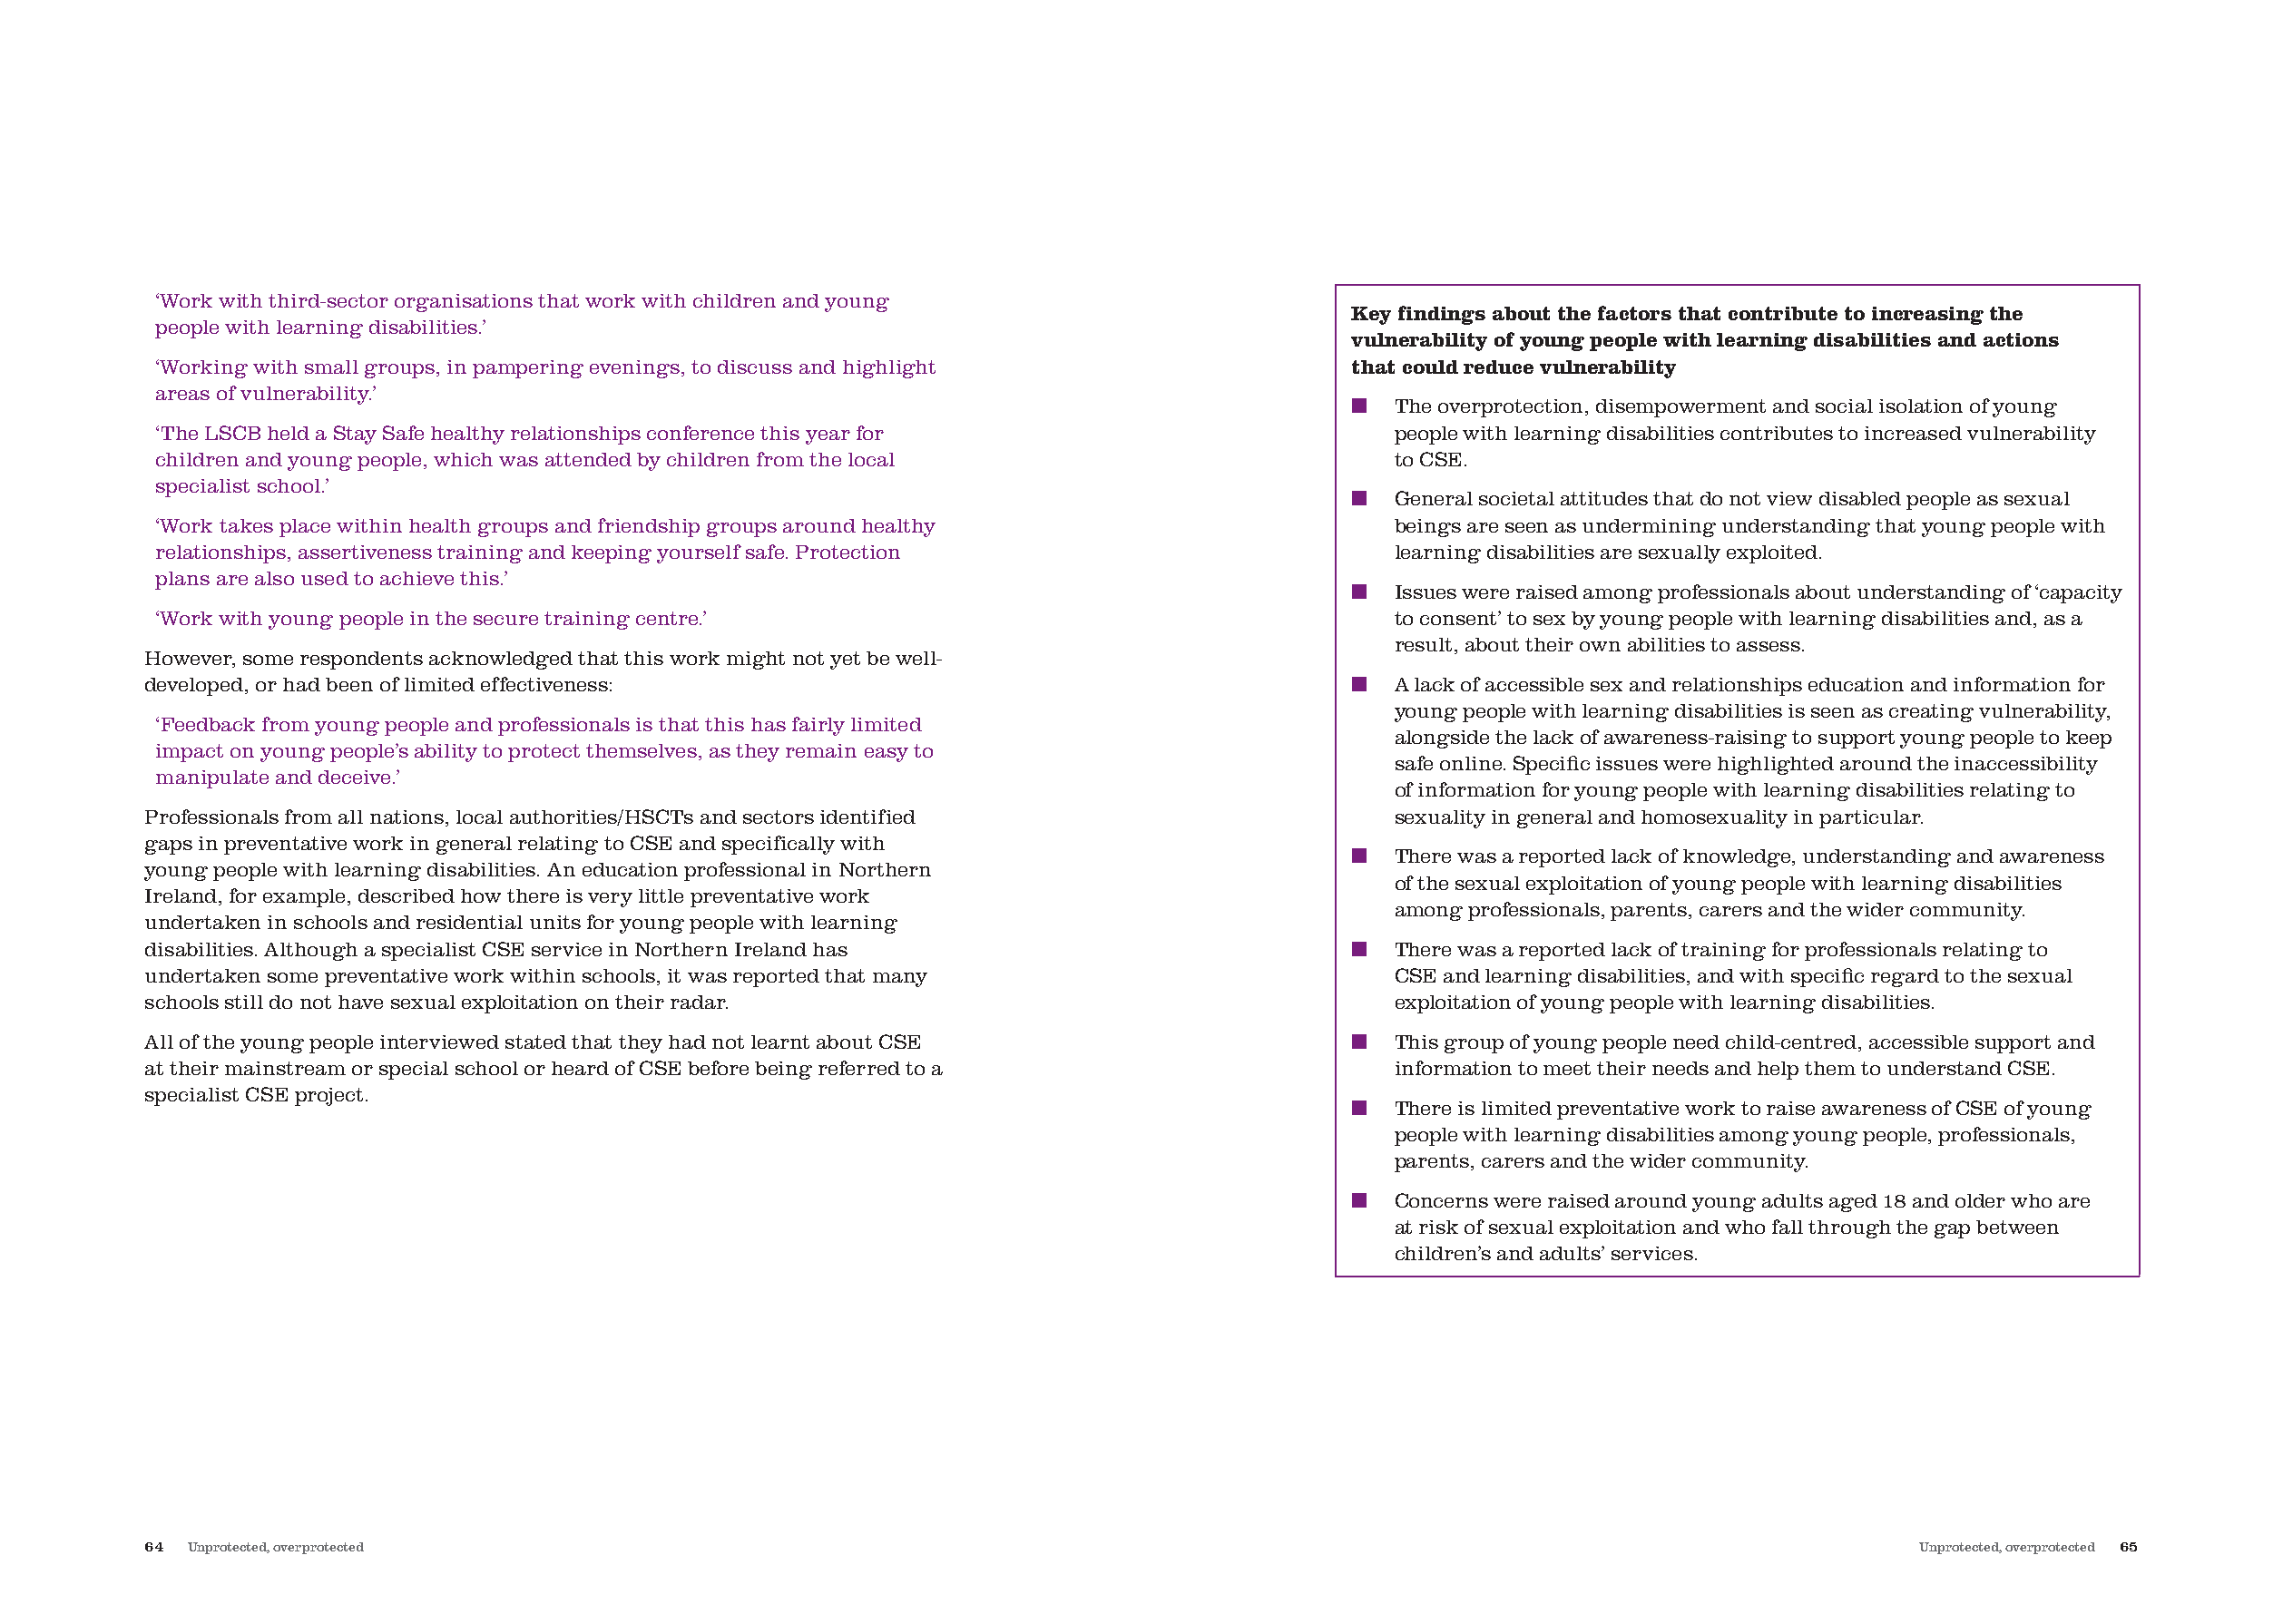
‘Work with third-sector organisations that work with children and young
 Key findings about the factors that contribute to increasing the
 people with learning disabilities.’
 vulnerability of young people with learning disabilities and actions
 ‘Working with small groups, in pampering evenings, to discuss and highlight             that could reduce vulnerability
 areas of vulnerability.’
 ■  The overprotection, disempowerment and social isolation of young
 ‘The LSCB held a Stay Safe healthy relationships conference this year for                  people with learning disabilities contributes to increased vulnerability
 children and young people, which was attended by children from the local                   to CSE.
 specialist school.’
 ■  General societal attitudes that do not view disabled people as sexual
 ‘Work takes place within health groups and friendship groups around healthy                beings are seen as undermining understanding that young people with
 relationships, assertiveness training and keeping yourself safe. Protection                learning disabilities are sexually exploited.
 plans are also used to achieve this.’
 ■  Issues were raised among professionals about understanding of ‘capacity
 ‘Work with young people in the secure training centre.’                                    to consent’ to sex by young people with learning disabilities and, as a
 result, about their own abilities to assess.
 However, some respondents acknowledged that this work might not yet be well-
 developed, or had been of limited effectiveness:                                        ■  A lack of accessible sex and relationships education and information for
 young people with learning disabilities is seen as creating vulnerability,
 ‘Feedback from young people and professionals is that this has fairly limited
 alongside the lack of awareness-raising to support young people to keep
 impact on young people’s ability to protect themselves, as they remain easy to
 safe online. Specific issues were highlighted around the inaccessibility
 manipulate and deceive.’
 of information for young people with learning disabilities relating to
 Professionals from all nations, local authorities/HSCTs and sectors identified             sexuality in general and homosexuality in particular.
 gaps in preventative work in general relating to CSE and specifically with
 ■  There was a reported lack of knowledge, understanding and awareness
 young people with learning disabilities. An education professional in Northern
 of the sexual exploitation of young people with learning disabilities
 Ireland, for example, described how there is very little preventative work
 among professionals, parents, carers and the wider community.
 undertaken in schools and residential units for young people with learning
 disabilities. Although a specialist CSE service in Northern Ireland has                 ■  There was a reported lack of training for professionals relating to
 undertaken some preventative work within schools, it was reported that many                CSE and learning disabilities, and with specific regard to the sexual
 schools still do not have sexual exploitation on their radar.                              exploitation of young people with learning disabilities.
 All of the young people interviewed stated that they had not learnt about CSE           ■  This group of young people need child-centred, accessible support and
 at their mainstream or special school or heard of CSE before being referred to a           information to meet their needs and help them to understand CSE.
 specialist CSE project.
 ■  There is limited preventative work to raise awareness of CSE of young
 people with learning disabilities among young people, professionals,
 parents, carers and the wider community.
 ■  Concerns were raised around young adults aged 18 and older who are
 at risk of sexual exploitation and who fall through the gap between
 children’s and adults’ services.
 64 Unprotected, overprotected                                                                                                    Unprotected, overprotected 65